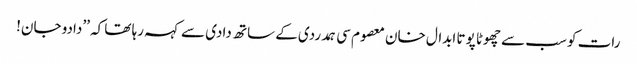
رات کو سب سے چھوٹا پوتا ابدال خان معصوم سی ہمدردی کے ساتھ دادی سے کہہ رہا تھا کہ ’’دادو جان!